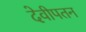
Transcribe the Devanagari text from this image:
देवीपतन